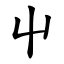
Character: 屮